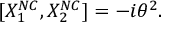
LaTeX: [ { X } _ { 1 } ^ { N C } , { X } _ { 2 } ^ { N C } ] = - i { \theta } ^ { 2 } .